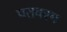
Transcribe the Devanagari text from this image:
पतवरम